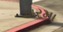
અરમા